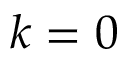
k = 0